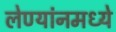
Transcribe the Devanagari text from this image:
लेण्यांनमध्ये